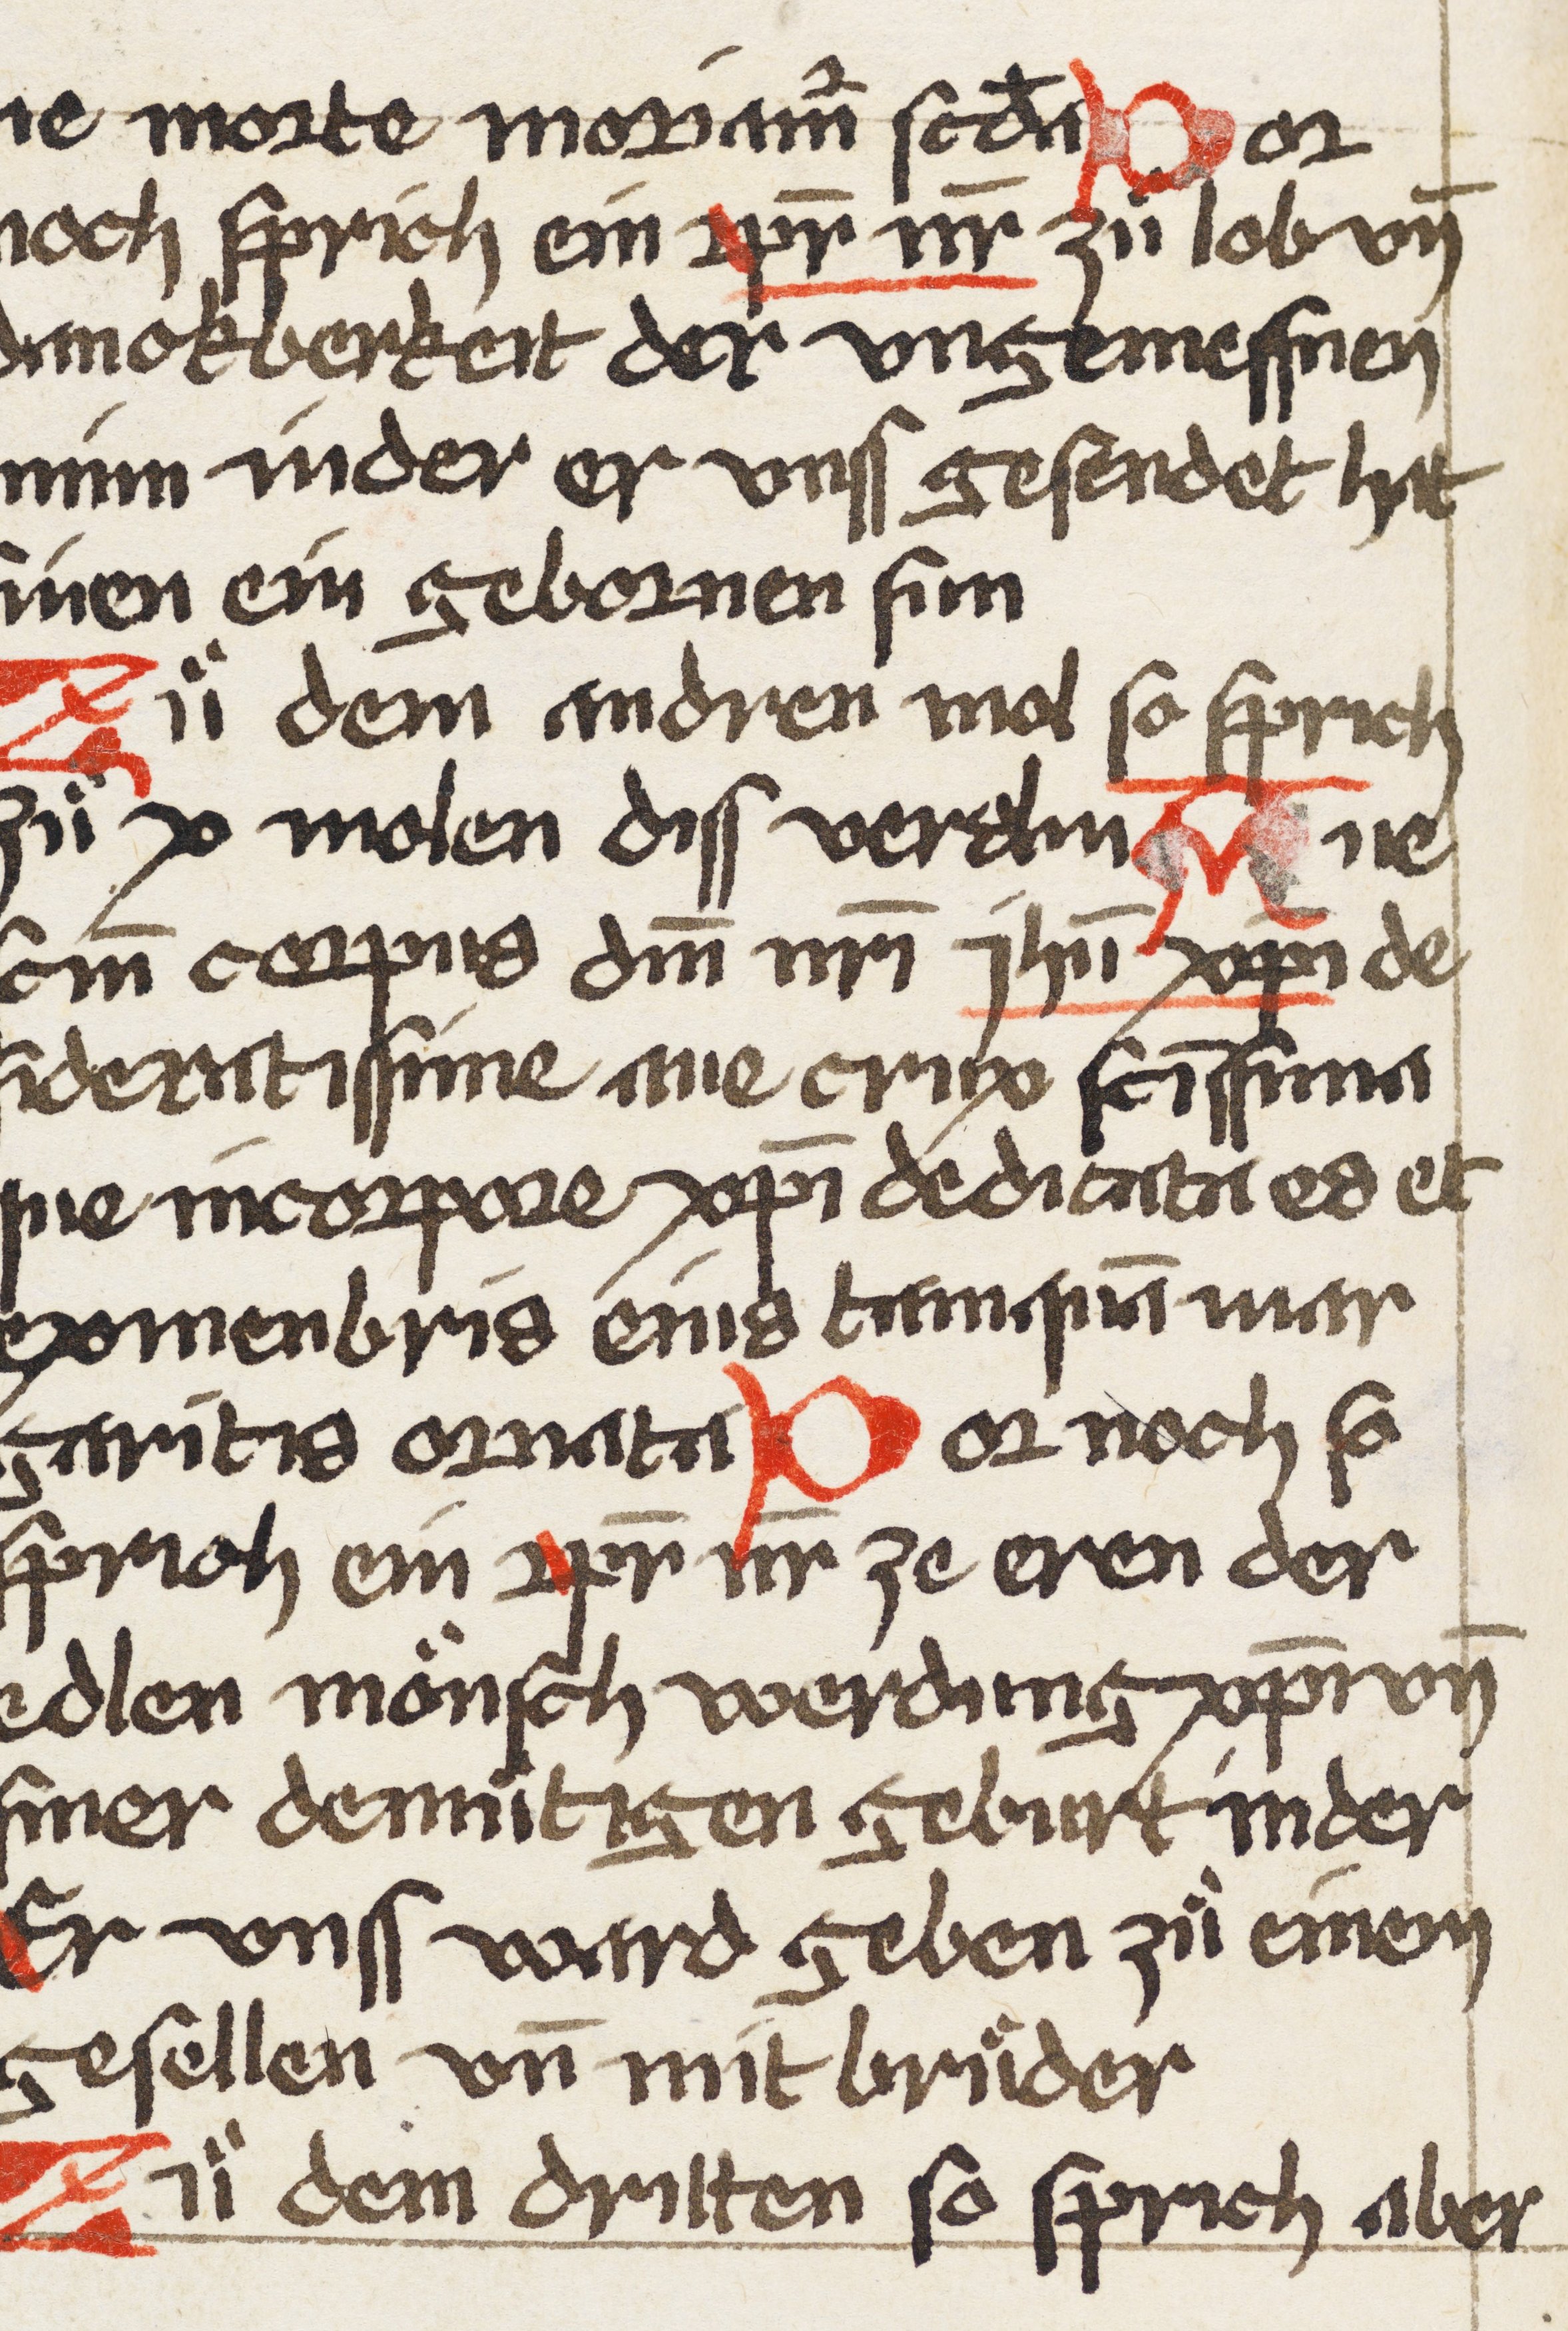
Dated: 1507–1507